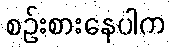
စဉ်းစားနေပါက